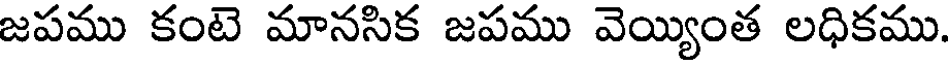
జపము కంటె మానసిక జపము వెయ్యింత లధికము.